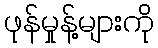
ဖုန်မှုန့်များကို